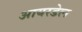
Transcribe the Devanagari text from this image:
आयरडेल